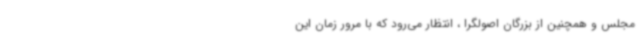
مجلس و همچنین از بزرگان اصولگرا ، انتظار می‌رود که با مرور زمان این